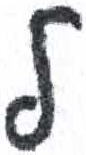
אות: ל